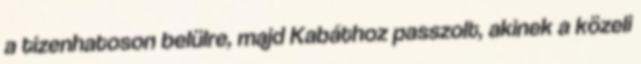
a tizenhatoson belülre, majd Kabáthoz passzolt, akinek a közeli